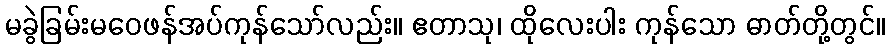
မခွဲခြမ်းမဝေဖန်အပ်ကုန်သော်လည်း။ ဧတာသု၊ ထိုလေးပါး ကုန်သော ဓာတ်တို့တွင်။